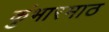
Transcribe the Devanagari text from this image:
कुंभारमाठ